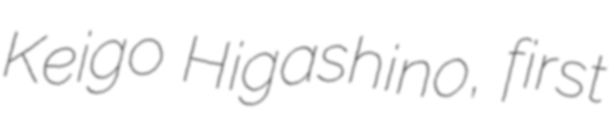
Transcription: Keigo Higashino, first